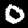
Digit: 0